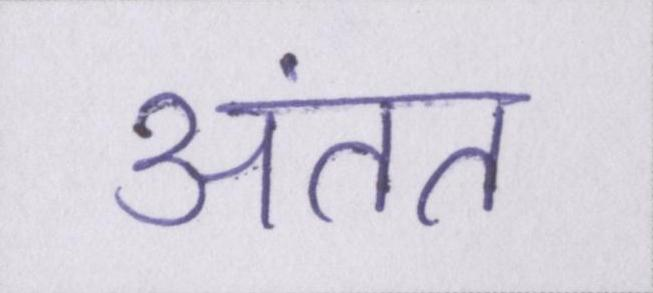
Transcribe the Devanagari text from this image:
अंतत